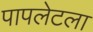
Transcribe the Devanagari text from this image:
पापलेटला